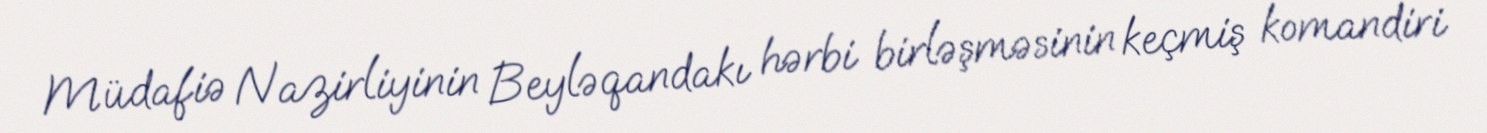
Müdafiə Nazirliyinin Beyləqandakı hərbi birləşməsinin keçmiş komandiri